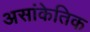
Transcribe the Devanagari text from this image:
असांकेतिक